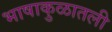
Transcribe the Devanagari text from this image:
भाषाकुळातली